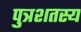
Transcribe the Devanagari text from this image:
पुत्रशतस्य